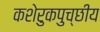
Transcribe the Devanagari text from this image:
कशेरुकपुच्छीय